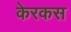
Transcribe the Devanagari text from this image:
केरकस